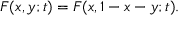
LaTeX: F ( x , y ; t ) = F ( x , 1 - x - y ; t ) .